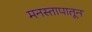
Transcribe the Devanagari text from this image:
मनस्तापातून